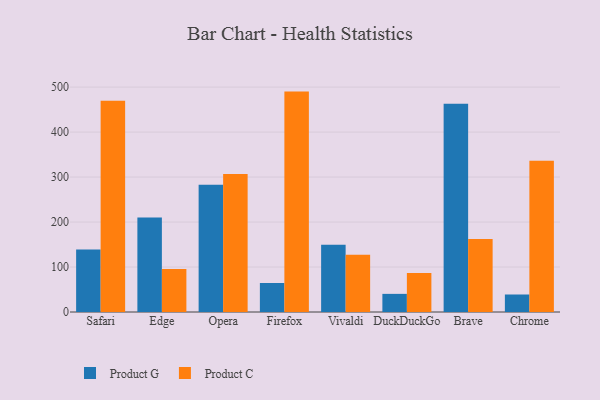
{"axis": {"x": "Browser", "y": "Churn Rate (%)"}, "legend": ["Product C", "Product G"], "data": [{"x": "Safari", "y": 139.2, "type": "Product G"}, {"x": "Safari", "y": 469.7, "type": "Product C"}, {"x": "Edge", "y": 210.3, "type": "Product G"}, {"x": "Edge", "y": 95.8, "type": "Product C"}, {"x": "Opera", "y": 283.0, "type": "Product G"}, {"x": "Opera", "y": 306.7, "type": "Product C"}, {"x": "Firefox", "y": 64.5, "type": "Product G"}, {"x": "Firefox", "y": 490.0, "type": "Product C"}, {"x": "Vivaldi", "y": 149.5, "type": "Product G"}, {"x": "Vivaldi", "y": 127.3, "type": "Product C"}, {"x": "DuckDuckGo", "y": 40.3, "type": "Product G"}, {"x": "DuckDuckGo", "y": 86.7, "type": "Product C"}, {"x": "Brave", "y": 463.2, "type": "Product G"}, {"x": "Brave", "y": 162.5, "type": "Product C"}, {"x": "Chrome", "y": 38.9, "type": "Product G"}, {"x": "Chrome", "y": 336.4, "type": "Product C"}]}